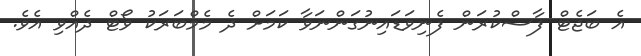
އެ ބަޖެޓް ފާސްކުރަން ފެނިވަޑައިނުގަންނަވާ ކަމަށް ދެ މެމްބަރަކު ވޯޓް ދެއްވި އެވެ.